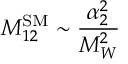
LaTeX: M _ { 1 2 } ^ { \mathrm { S M } } \sim \frac { \alpha _ { 2 } ^ { 2 } } { M _ { W } ^ { 2 } }